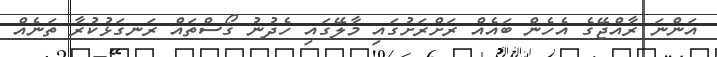
އަންނަ ރާއްޖޭގެ އެހެން ބައެއް ރަށްރަށުގައި މާލޭގައި ހެދުނު ގޯސްތައް ރަނގަޅުކުރާ ތަނެއް